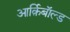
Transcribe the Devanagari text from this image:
आर्क़िबाॅल्ड